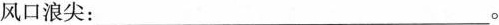
风口浪尖：____。